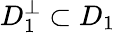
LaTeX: D_{1}^{\bot}\subset D_{1}